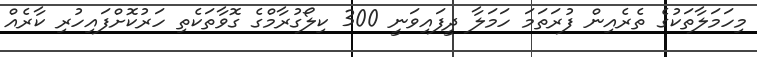
މިހަމަލާތަކުގެ ތެރެއިން ފުރަތަމަ ހަމަލާ ދީފައިވަނީ 300 ކިލޯގުރާމްގެ ގޮވާތަކެތި ހަރުކޮށްފައިހުރި ކާރެއް